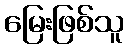
မြေးဖြစ်သူ